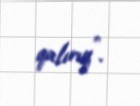
qalırıq”.